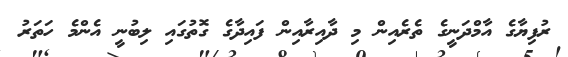
ރުފިޔާގެ އާމްދަނީގެ ތެރެއިން މި ދާއިރާއިން ފައިދާގެ ގޮތުގައި ލިބުނީ އެންމެ ހަތަރު